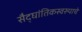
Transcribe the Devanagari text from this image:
सैद्घांतिकस्वरुपाचे